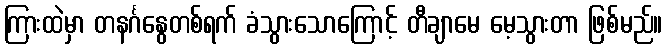
ကြားထဲမှာ တနင်္ဂနွေတစ်ရက် ခံသွားသောကြောင့် တီချာမေ မေ့သွားတာ ဖြစ်မည်။